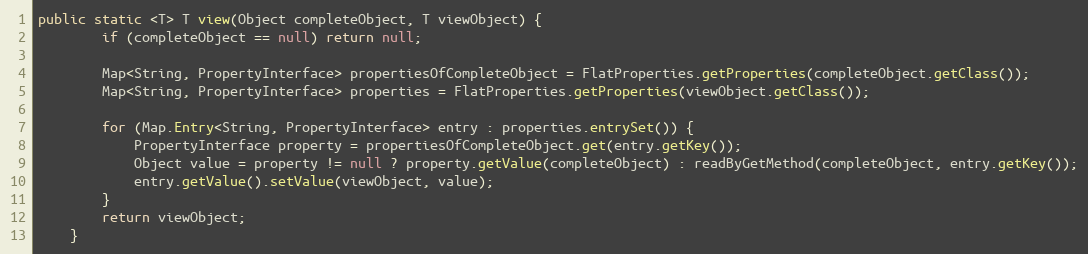
Language: Java
public static <T> T view(Object completeObject, T viewObject) {
		if (completeObject == null) return null;

		Map<String, PropertyInterface> propertiesOfCompleteObject = FlatProperties.getProperties(completeObject.getClass());
		Map<String, PropertyInterface> properties = FlatProperties.getProperties(viewObject.getClass());

		for (Map.Entry<String, PropertyInterface> entry : properties.entrySet()) {
			PropertyInterface property = propertiesOfCompleteObject.get(entry.getKey());
			Object value = property != null ? property.getValue(completeObject) : readByGetMethod(completeObject, entry.getKey());
			entry.getValue().setValue(viewObject, value);
		}
		return viewObject;
	}